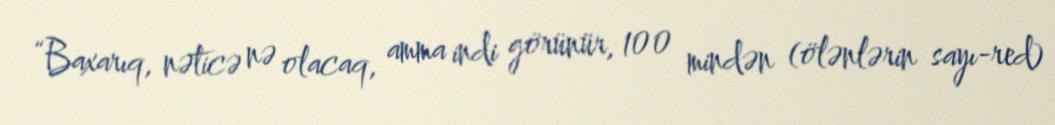
“Baxarıq, nəticə nə olacaq, amma indi görünür, 100 mindən (ölənlərin sayı-red)